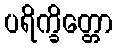
ပရိက္ခိတ္တော